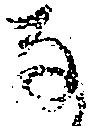
な